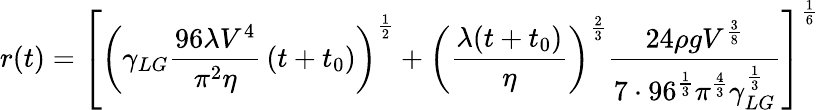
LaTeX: r(t)=\left[\left(\gamma_{LG}{\frac{96\lambda V^{4}}{\pi^{2}\eta}}\left(t+t_{0}\right)\right)^{\frac{1}{2}}+\left({\frac{\lambda(t+t_{0})}{\eta}}\right)^{\frac{2}{3}}{\frac{24\rho gV^{\frac{3}{8}}}{7\cdot 96^{\frac{1}{3}}\pi^{\frac{4}{3}}\gamma_{LG}^{\frac{1}{3}}}}\right]^{\frac{1}{6}}